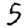
Digit: 5